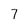
Character: 7